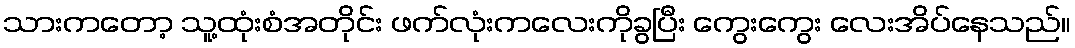
သားကတော့ သူ့ထုံးစံအတိုင်း ဖက်လုံးကလေးကိုခွပြီး ကွေးကွေး လေးအိပ်နေသည်။